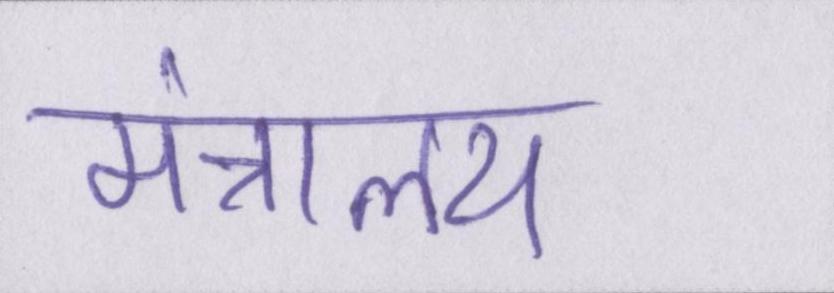
मंत्रालय